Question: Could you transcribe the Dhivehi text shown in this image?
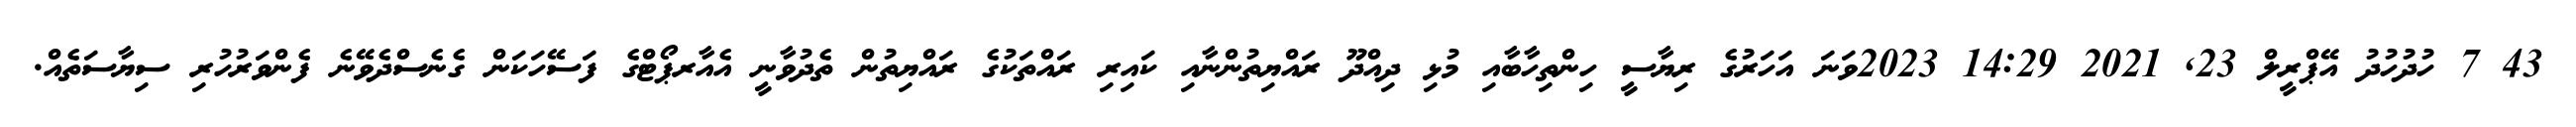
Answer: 43 7 ހުދުހުދު އޭޕްރީލް 23, 2021 14:29 2023ވަނަ އަހަރުގެ ރިޔާސީ ހިންތިހާބާއި މުޅި ދިއްދޫ ރައްޔިތުންނާއި ކައިރި ރައްތަކުގެ ރައްޔިތުން ތެދުވާނީ އެއާރޕޯޓްގެ ފަސޭހަކަން ގެނެސްދެވޭނެ ފެންވަރުހުރި ސިޔާސަތެއް.